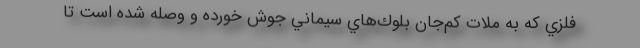
فلزي كه به ملات كم‌جان بلوك‌هاي سيماني جوش خورده و وصله شده است تا